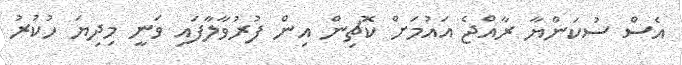
އެސް ސުކަންޔާ ރާއްޖެ އައުމަށް ކޮޗިން އިން ފުރުވާލާފައި ވަނީ މިދިޔަ ހުކުރު